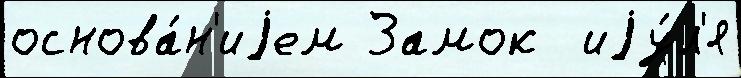
основа́н'иjем Замок  иjу́л'я